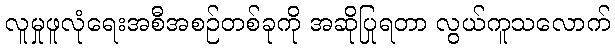
လူမှုဖူလုံရေးအစီအစဉ်တစ်ခုကို အဆိုပြုရတာ လွယ်ကူသလောက်